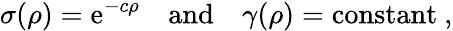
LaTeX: \sigma(\rho)=\mathrm{e}^{-c\rho}\quad\mathrm{{and}}\quad\gamma(\rho)=\mathrm{{constant}}~,